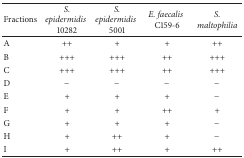
| Fractions | S. epidermidis10282 | S. epidermidis5001 | E. faecalisC159-6 | S. maltophilia |
 | --- | --- | --- | --- | --- |
 | A | ++ | + | + | ++ |
 | B | +++ | +++ | ++ | +++ |
 | C | +++ | +++ | ++ | +++ |
 | D | − | − | − | − |
 | E | + | + | + | − |
 | F | + | + | ++ | + |
 | G | + | + | + | − |
 | H | + | ++ | + | − |
 | I | + | ++ | + | ++ |